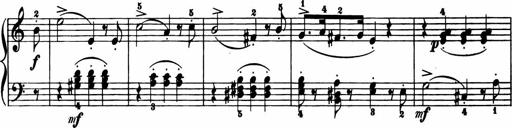
Title: 11 Sonatinas for Piano Solo
Composer: Anton Diabelli